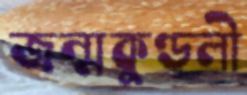
জন্মকুণ্ডলী